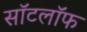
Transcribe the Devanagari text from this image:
सॉटलॉफ